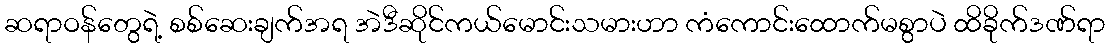
ဆရာဝန်တွေရဲ့ စစ်ဆေးချက်အရ အဲဒီဆိုင်ကယ်မောင်းသမားဟာ ကံကောင်းထောက်မစွာပဲ ထိခိုက်ဒဏ်ရာ